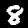
Label: 8